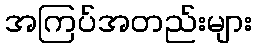
အကြပ်အတည်းများ